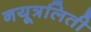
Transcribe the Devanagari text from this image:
नयूत्रलिती